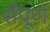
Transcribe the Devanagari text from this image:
सँपूर्ण